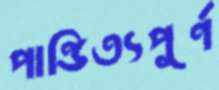
পাণ্ডিত্যপূর্ণ